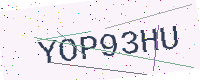
Text: YOP93HU